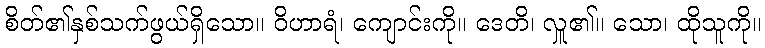
စိတ်၏နှစ်သက်ဖွယ်ရှိသော။ ဝိဟာရံ၊ ကျောင်းကို။ ဒေတိ၊ လှူ၏။ သော၊ ထိုသူကို။